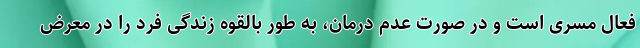
فعال مسری است و در صورت عدم درمان، به طور بالقوه زندگی فرد را در معرض